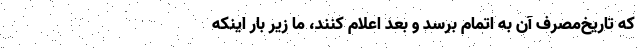
که تاریخ‌مصرف آن به اتمام برسد و بعد اعلام کنند، ما زیر بار اینکه